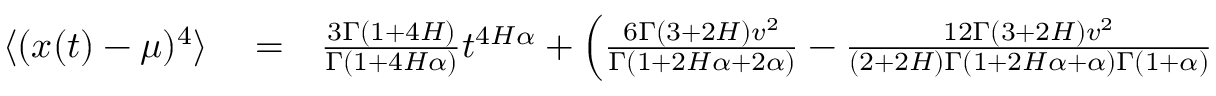
\begin{array} { r l r } { \langle ( x ( t ) - \mu ) ^ { 4 } \rangle } & { { } = } & { \frac { 3 \Gamma ( 1 + 4 H ) } { \Gamma ( 1 + 4 H \alpha ) } t ^ { 4 H \alpha } + \left( \frac { 6 \Gamma ( 3 + 2 H ) v ^ { 2 } } { \Gamma ( 1 + 2 H \alpha + 2 \alpha ) } - \frac { 1 2 \Gamma ( 3 + 2 H ) v ^ { 2 } } { ( 2 + 2 H ) \Gamma ( 1 + 2 H \alpha + \alpha ) \Gamma ( 1 + \alpha ) } \right. } \end{array}